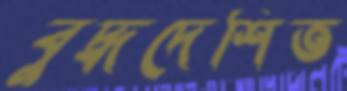
বুদ্ধদেশিত